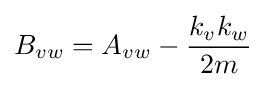
B_{vw}=A_{vw}-{\frac {k_{v}k_{w}}{2m}}